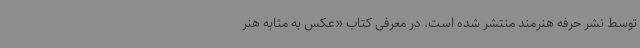
توسط نشر حرفه هنرمند منتشر شده است. در معرفی کتاب «عکس به مثابه هنر